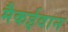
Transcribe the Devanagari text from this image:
मैकईवान